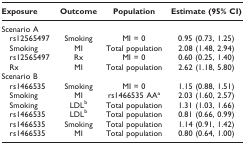
| Exposure | Outcome | Population | Estimate (95% CI) |
 | --- | --- | --- | --- |
 | <COLSPAN=4> Scenario A |
 | rs12565497 | Smoking | MI = 0 | 0.95 (0.73, 1.25) |
 | Smoking | MI | Total population | 2.08 (1.48, 2.94) |
 | rs12565497 | Rx | MI = 0 | 0.60 (0.25, 1.40) |
 | Rx | MI | Total population | 2.62 (1.18, 5.80) |
 | <COLSPAN=4> Scenario B |
 | rs1466535 | Smoking | MI = 0 | 1.15 (0.88, 1.51) |
 | Smoking | MI | rs1466535 AAa | 2.03 (1.60, 2.57) |
 | Smoking | LDLb | Total population | 1.31 (1.03, 1.66) |
 | rs1466535 | LDLb | Total population | 0.81 (0.66, 0.99) |
 | rs1466535 | Smoking | Total population | 1.14 (0.91, 1.42) |
 | rs1466535 | MI | Total population | 0.80 (0.64, 1.00) |